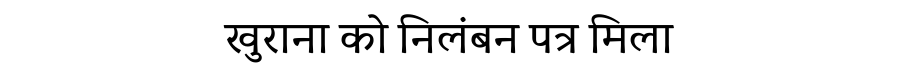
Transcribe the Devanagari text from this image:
खुराना को निलंबन पत्र मिला